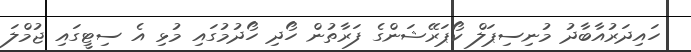
ހައިދަރުއާބާދު މުނިސިޕަލް ކޯޕަރޭޝަންގެ ފަރާތުން ހޯދި ހޯދުމުގައި މުޅި އެ ސިޓީގައި ޖުމްލަ